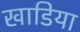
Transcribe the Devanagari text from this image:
खाडिया